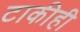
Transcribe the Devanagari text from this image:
टाकीही